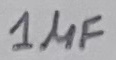
Text: 1µF